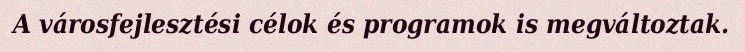
A városfejlesztési célok és programok is megváltoztak.